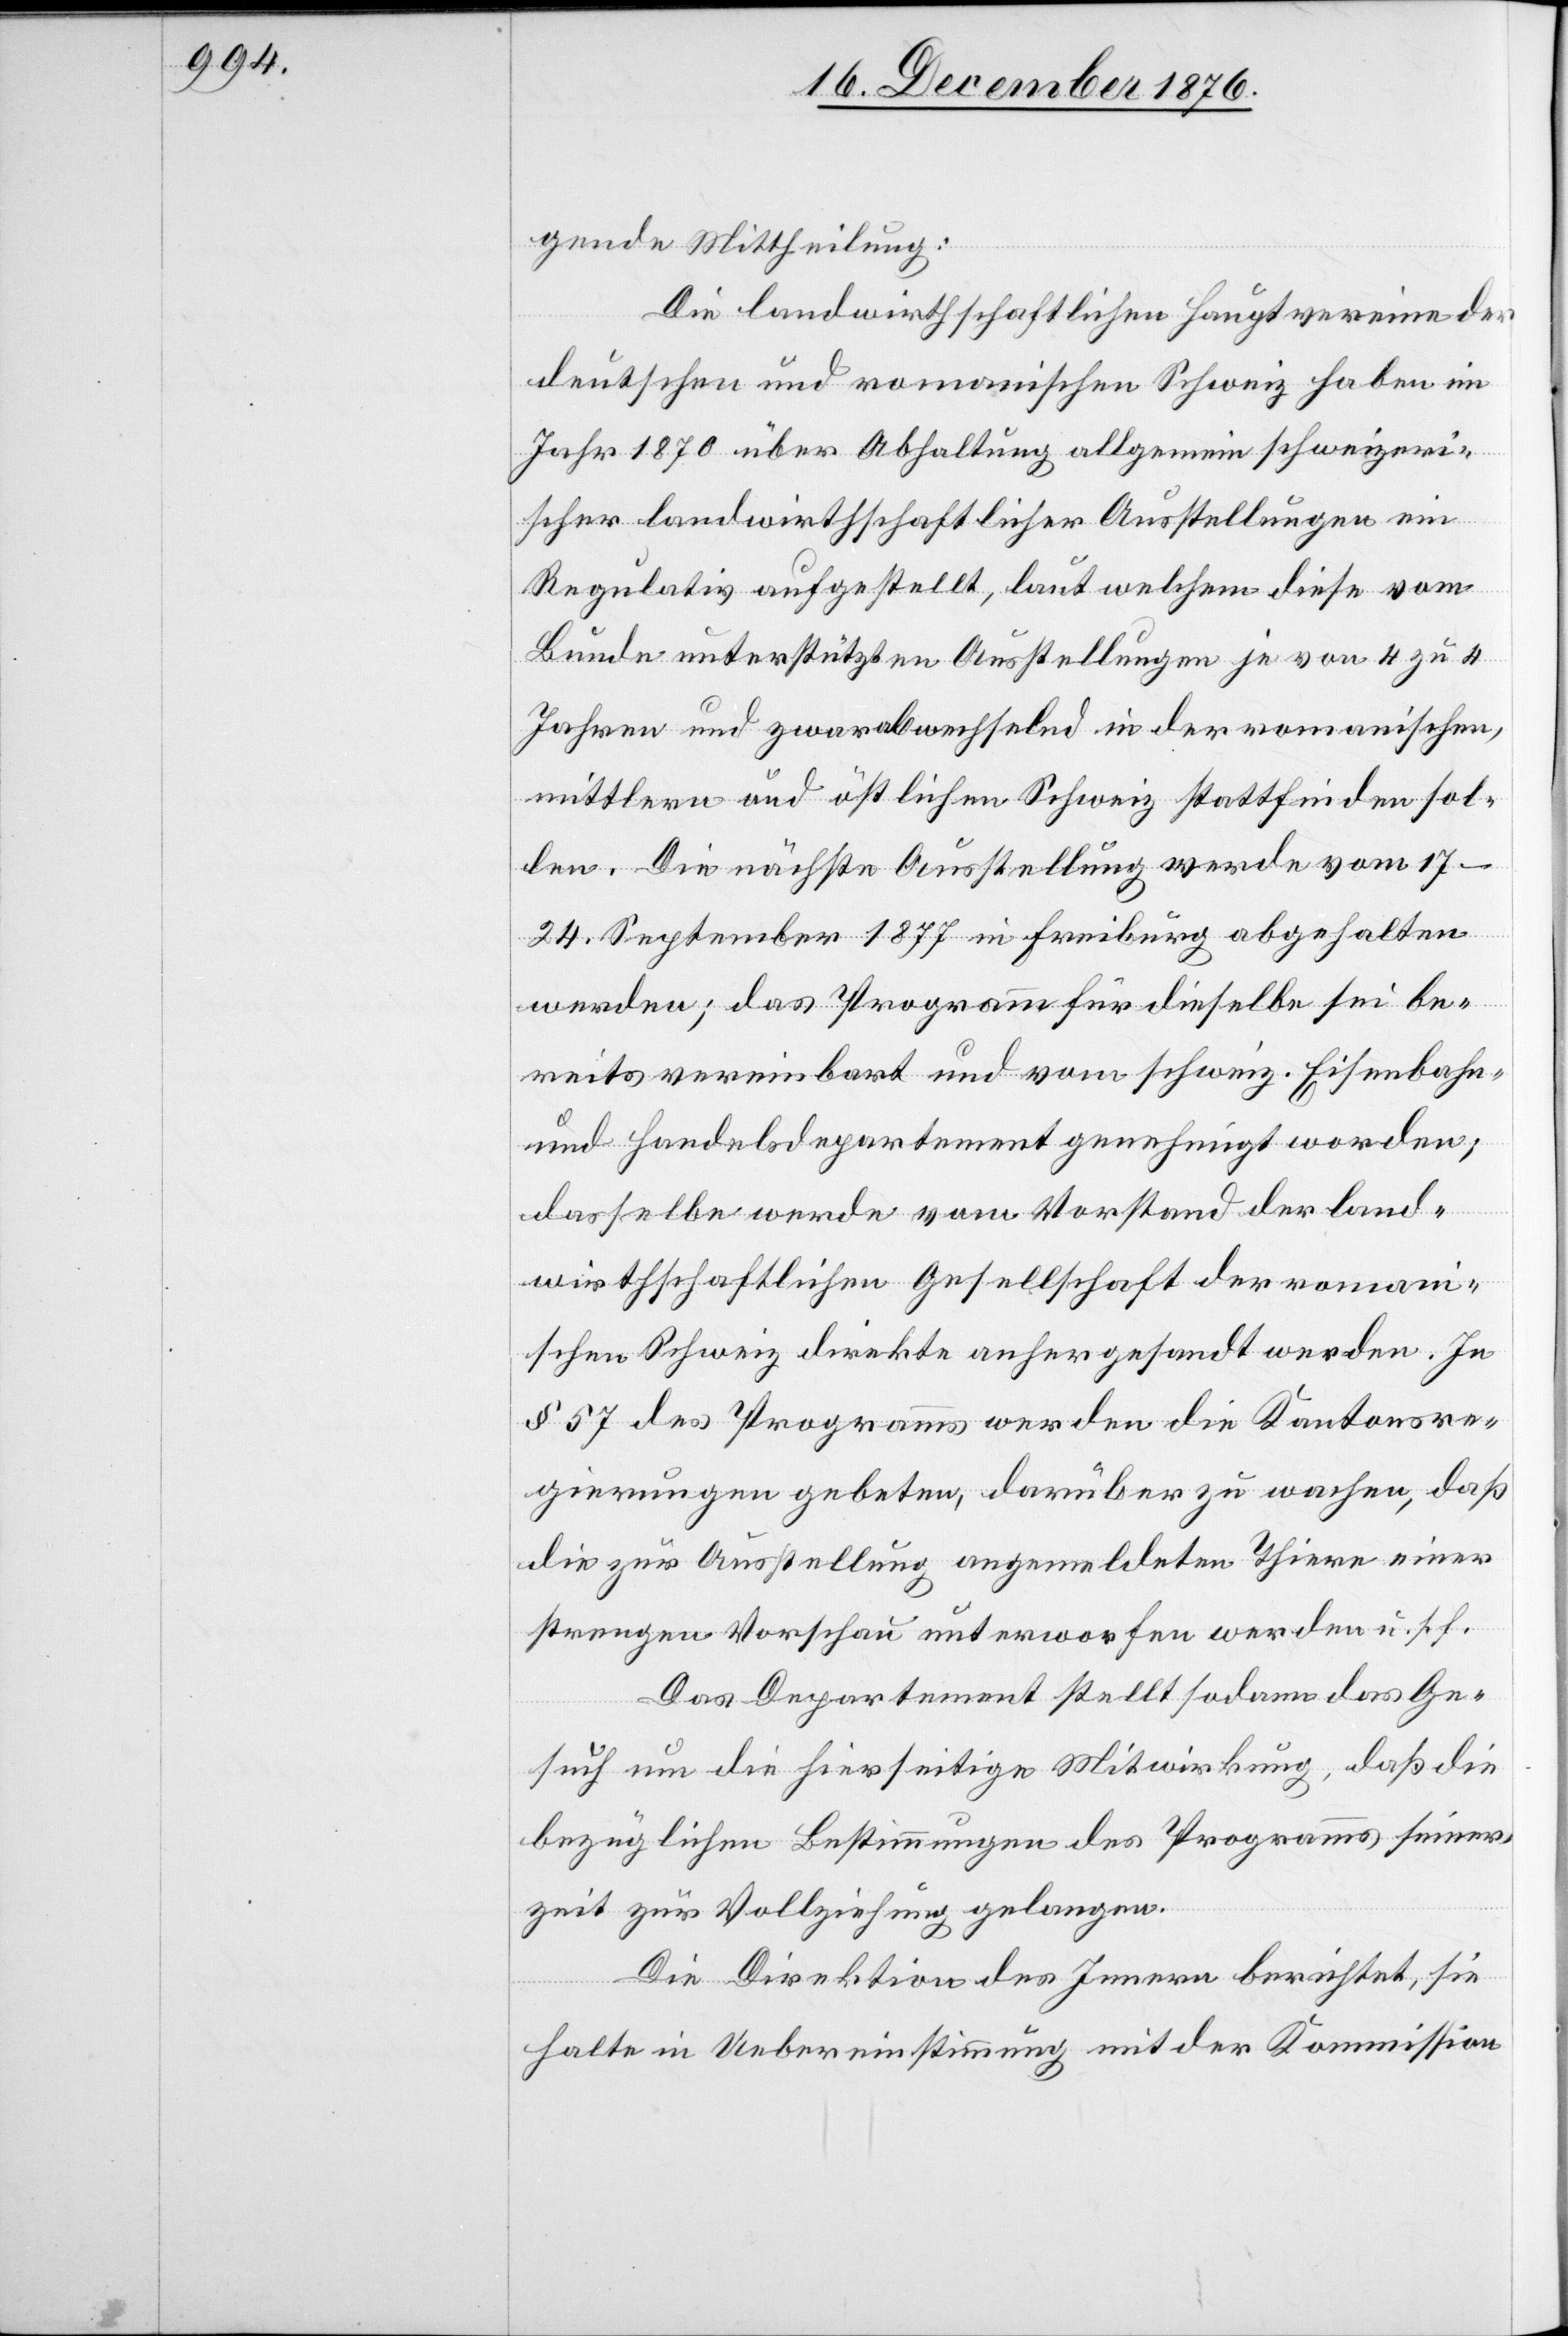
gende Mittheilung:
Die landwirthschaftlichen Hauptvereine der
deutschen und romanischen Schweiz haben im
Jahr 1870 über Abhaltung allgemein schweizeri¬
scher landwirthschaftlicher Ausstellungen ein
Regulativ aufgestellt, laut welchem diese vom
Bunde unterstützten Ausstellungen je von 4 zu 4
Jahren und zwar abwechselnd in der romanischen,
mittlern und östlichen Schweiz stattfinden sol¬
len. Die nächste Ausstellung werde vom
17.–24. September 1877 in Freiburg abgehalten
werden; das Programm für dieselbe sei be¬
reits vereinbart und vom schweiz. Eisenbahn
und Handelsdepartement genehmigt worden;
dasselbe werde vom Vorstand der land¬
wirtschaftlichen Gesellschaft der roman¬
ischen Schweiz direkte anhergesandt werden. In
§ 57 des Programms werden die Kantonsre¬
gierungen gebeten, darüber zu wachen, daß
die zur Ausstellung angemeldeten Thiere einer
strengen Vorschau unterworfen werden u. s. f.
Das Departement stellt sodann das Ge¬
such um die hierseitige Mitwirkung, daß die
bezüglichen Bestimmungen des Programms seiner¬
zeit zur Vollziehung gelangen.
Die Direktion des Innern berichtet, sie
halte in Uebereinstimmung mit der Kommission